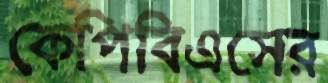
কেপিবিএসের